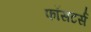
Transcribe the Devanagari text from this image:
फॉसटर्स